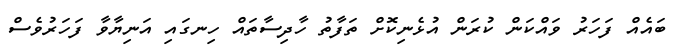
ބައެއް ފަހަރު ވައްކަން ކުރަން އުޅެނިކޮށް ތަފާތު ހާދިސާތައް ހިނގައި އަނިޔާވާ ފަހަރުވެސް